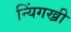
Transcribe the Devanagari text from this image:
न्यिंगख्री